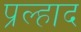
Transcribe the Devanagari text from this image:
प्रल्‍हाद